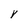
Character: Y